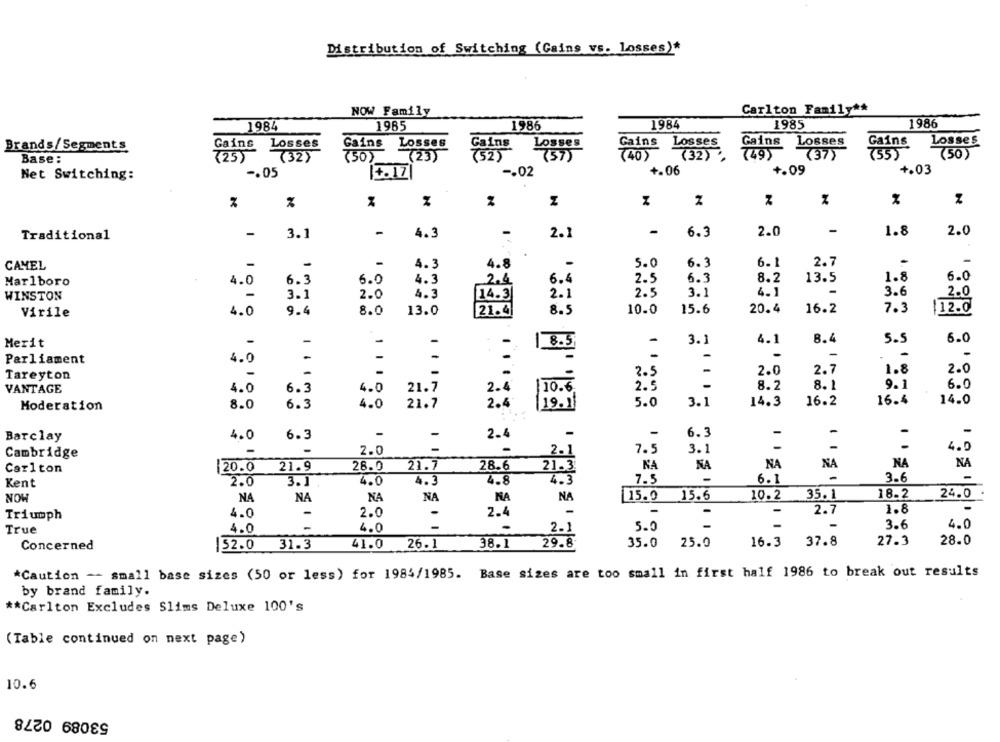
Distribution of Switching (Gains vs. Losses)*
NOW Family
Carlton Family **
1984
1985
1986
1984
1985
1986
Gains
Losses
Losses
Brands/Segments
Gains
Losses
Gains
Losses
Losses
Gains Losses
Gains
Gains
(50)
(37)
750)
Base:
(25)
(32)
(23)
(52)
(57)
(32),
+.06
+.09
+.03
Net Switching:
-. 05
14.17
-. 02
Z
-
-
2.0
Traditional
-
3.1
4.3
-
2.1
-
6.3
2.0
1.8
CAMEL
-
-
-
4.3
4.8
5.0
6.3
6.1
2.7
Marlboro
4.0
6.3
6.0
4.3
2.4
6.4
2.5
6.3
8.2
13.5
1.8
6.0
WINSTON
-
3.1
2.0
4.3
14.3
2.1
2.5
3.1
4.1
-
3.6
2.0
4.0
9.4
8.0
13.0
21.4
8.5
10.0
15.6
20.4
16.2
7.3
112.0
Virile
-
-
1 8.5
3.1
4.1
8.4
5.5
6.0
Merit
-
-
-
-
Parliament
4.0
-
2.0
2.7
1.8
2.0
Tareyton
-
2.5
2.5
8.2
8.1
9.1
6.0
VANTAGE
4.0
6.3
4.0
21.7
2.4
10.6.
16.2
16.4
14.0
Moderation
8.0
6.3
4.0
21.7
2.4
19.1
5.0
3.1
14.3
-
Barclay
4.0
6.3
-
2.4
6.3
-
2.1
7.5
3.1
-
-
4.0
Cambridge
Carlton
|20.0
21.9
28.0
21.7
28.6
21.3
NA
NA
NA
NA
NA
NA
Kent
2.0
3.1
4.0
4.3
4.8
4.3
7.5
6.1
3.6
-
NOW
NA
NA
NA
NA
NA
NA
15.0 15.6
10.2
35. 1
18-2
24.0
2.0
2.4
-
2.7
1.8
Triumph
4.0
-
-
5.0
-
3.6
4.0
True
4.0
-
4.0
2.1
27.3
28.0
Concerned
52.0
31.3
41.0
26.1
38.1
29.8
35.0 25.0
16.3 37.8
*Caution -- small base sizes (50 or less) for 1984/1985. Base sizes are too small in first half 1986 to break out results
by brand family.
** Carlton Excludes Slims Deluxe 100's
(Table continued on next page)
10.6
53089 0278